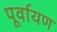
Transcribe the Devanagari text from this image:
पूर्वायण